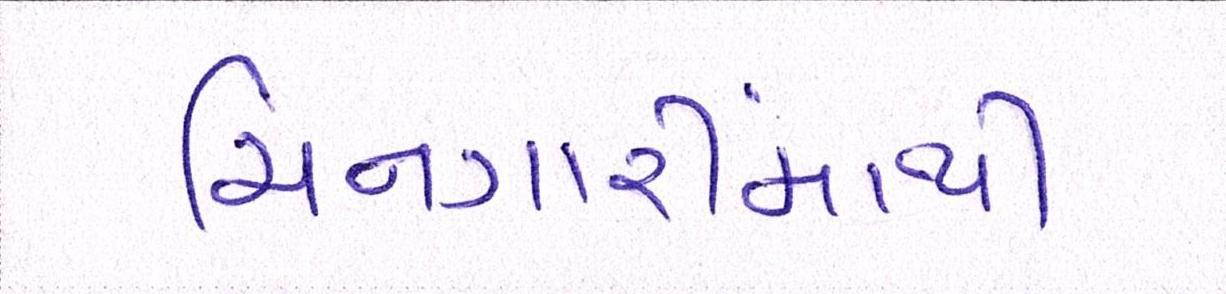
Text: ચિનગારીમાંથી